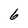
Character: 6